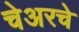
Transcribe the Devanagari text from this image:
चेअरचे